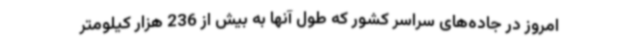
امروز در جاده‌های سراسر کشور که طول آنها به بیش از 236 هزار کیلومتر